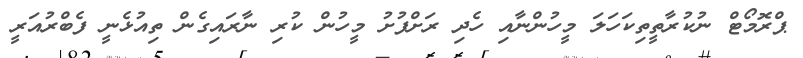
ޕްރޮމޯޓް ނުކުރާތީތިކަހަލަ މީހުންނާއި ހެދި ރަށްފުށު މީހުން ކުރި ނާރައިގެން ތިއުޅެނީ ފެބްރުއަރީ